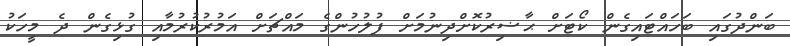
ބަންދުގައި ބަހައްޓައިގެން ކޯޓަށް ޙާޟިރުކޮށްދިނުމަށް ފުލުހުންގެ މައްޗަށް އަމުރުކުރުމާއި ގުޅިގެން ދެ މީހަކު